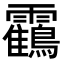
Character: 靍